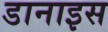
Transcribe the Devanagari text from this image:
डानाइस